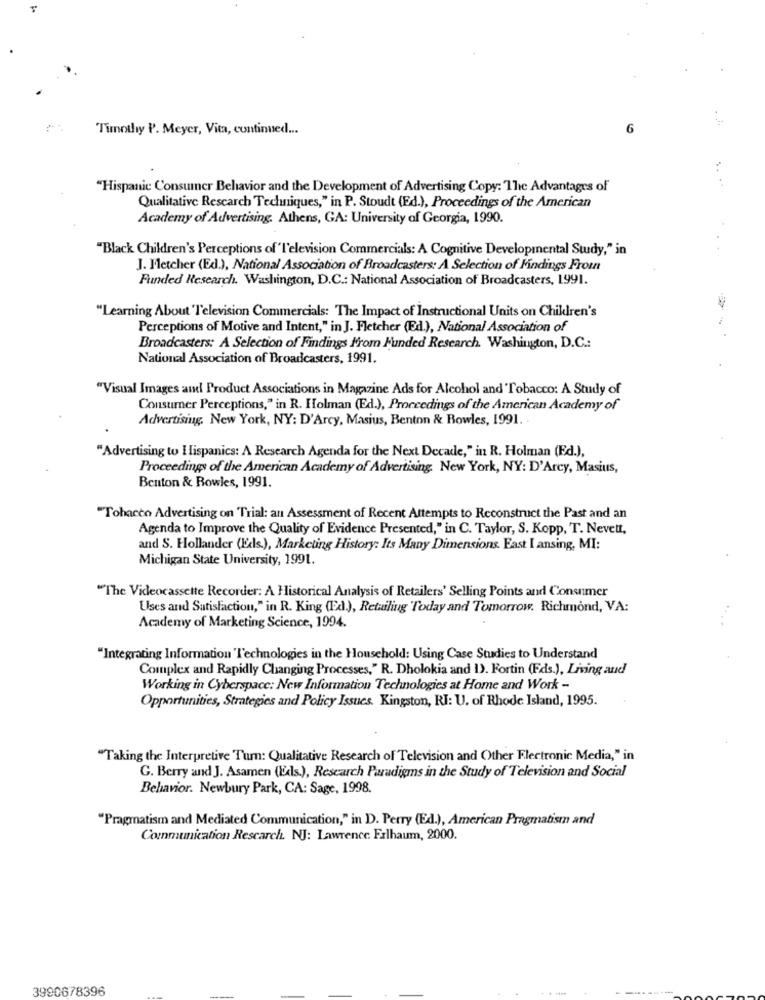
Timothy P'. Meyer, Vita, continued ...
6
"Hispanic Consumer Behavior and the Development of Advertising Copy: The Advantages of
Qualitative Research Techniques," in P. Stoudt (Ed.), Proceedings of the American
Academy of Advertising. Athens, GA: University of Georgia, 1990.
"Black Children's Perceptions of'I'elevision Commercials: A Cognitive Developmental Study," in
J. Fletcher (Ed.), National Association of Broadcasters: A Selection of Findings From
Funded Research. Washington, D.C .: National Association of Broadcasters, 1991.
"Learning About 'I'elevision Commercials: The Impact of Instructional Units on Chiklren's
Perceptions of Motive and Intent," in J. Fletcher (Ed.), National Association of
Broadcasters: A Selection of Findings From Funded Research. Washington, D.C .:
National Association of Broadcasters, 1991.
"Visual Images and Product Associations in Magazine Ads for Alcohol and Tobacco: A Study of
Consumer Perceptions," in R. Holman (Ed.), Proceedings of the American Academy of
Advertising, New York, NY: D'Arcy, Masius, Benton & Bowles, 1991. .
"Advertising to Hispanics: A Research Agenda for the Next Decade," in R. Holman (Ed.),
Proceedings of the American Academy of Advertising. New York, NY: D'Arcy, Masius,
Benton & Rowles, 1991.
"Tobacco Advertising on Trial: an Assessment of Recent Attempts to Reconstruct the Past and an
Agenda to Improve the Quality of Evidence Presented," in C. Taylor, S. Kopp, T. Nevett,
and S. Hollander (Eds.), Marketing History: Its Many Dimensions. East I ansing, MI:
Michigan State University, 1991.
"The Videocassette Recorder: A Historical Analysis of Retailers' Selling Points and Consumer
Uses and Satisfaction," in R. King (Ed.), Retailing Today and Tomorrow. Richmond, VA:
Academy of Marketing Science, 1994.
"Integrating Information Technologies in the Household: Using Case Studies to Understand
Complex and Rapidly Changing Processes," R. Dholokia and 1). Fortin (Eds.), Living and
Working in Cyberspace: New Information Technologies at Home and Work -
Opportunities, Strategies and Policy Issues. Kingston, RI: U. of Rhode Island, 1995.
"Taking the Interpretive Turn: Qualitative Research of Television and Other Electronic Media," in
G. Berry and J. Asamen (Eds.), Research Paradigms in the Study of Television and Social
Behavior. Newbury Park, CA: Sage, 1998.
"Pragmatism and Mediated Communication," in D. Perry (Ed.), American Pragmatism and
Communication Research. NJ: Lawrence. Frlhaum, 2000.
3990678396